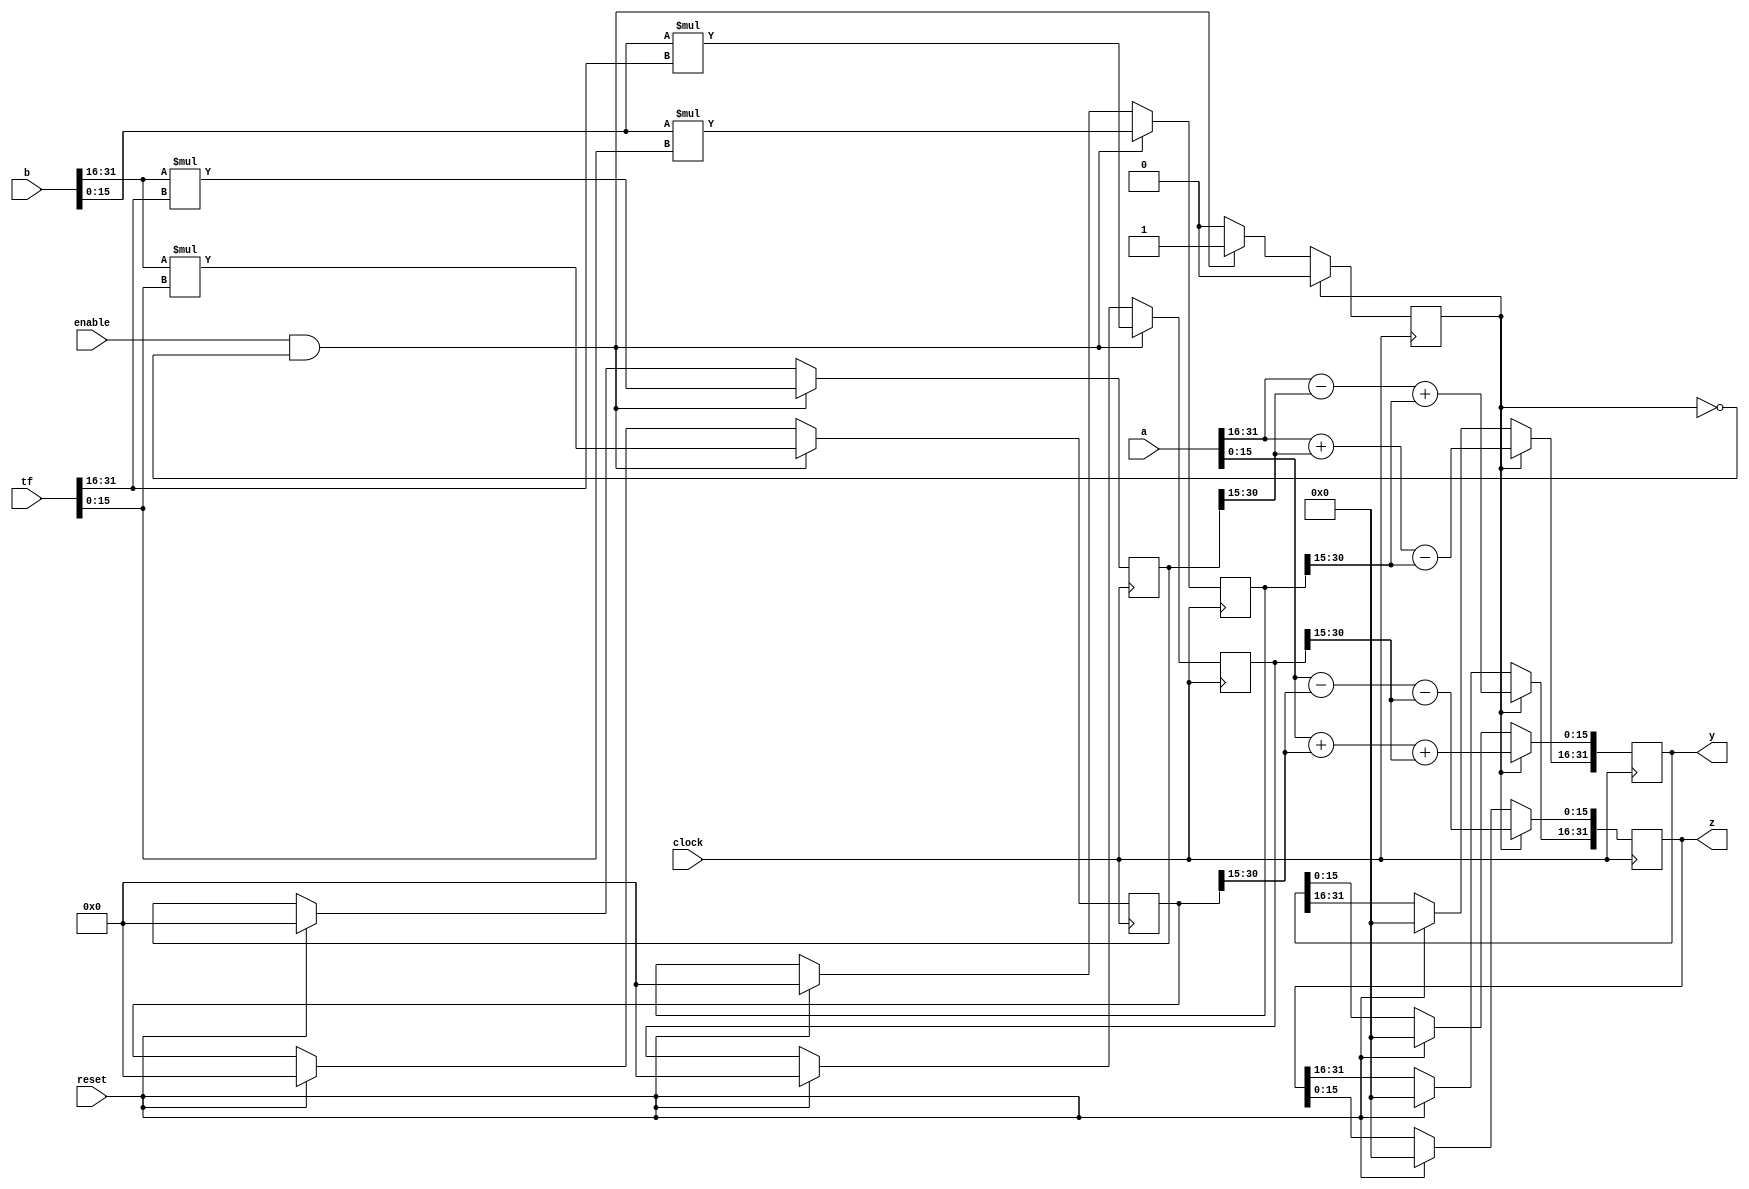
module butterflyx8(input wire clock, reset,
input wire enable,
input wire [31:0] a,
input wire [31:0] b,
input wire [31:0] tf, //twiddle factor
output reg [31:0] y,
output reg [31:0] z);
//Inputs: Two 32-bit complex numbers (16 signed bits real - more signfct. bits,
// 16 signed bits complex - less signfct. bits)
reg state;
reg signed [31:0] r_1;
reg signed [31:0] r_2;
reg signed [31:0] j_1;
reg signed [31:0] j_2;
wire signed [15:0] b_r = b[31:16];
wire signed [15:0] b_j = b[15:0];
wire signed [15:0] tf_r = tf[31:16];
wire signed [15:0] tf_j = tf[15:0];
always @(posedge clock) begin
if(reset) begin
state <= 0;
y <= 0;
z <= 0;
r_1 <= 0;
r_2 <= 0;
j_1 <= 0;
j_2 <= 0;
end
if(enable && state == 0) begin
r_1 <= b_r * tf_r;
r_2 <= b_j * tf_j;
j_1 <= b_r * tf_j;
j_2 <= b_j * tf_r;
state <= 1;
end
//Note: For twiddle factors, 2^14 = +1, -2^14 = -1
//My own lookup table: 2^15 and -2^15
/*if(state == 1) begin
y[31:16] <= a[31:16] + r_1[29:14] - r_2[29:14];
y[15:0] <= a[15:0] + j_1[29:14] + j_2[29:14];
z[31:16] <= a[31:16] - r_1[29:14] + r_2[29:14];
z[15:0] <= a[15:0] - j_1[29:14] - j_2[29:14];
state <= 0;
end*/
if(state == 1) begin
y[31:16] <= a[31:16] + r_1[30:15] - r_2[30:15];
y[15:0] <= a[15:0] + j_1[30:15] + j_2[30:15];
z[31:16] <= a[31:16] - r_1[30:15] + r_2[30:15];
z[15:0] <= a[15:0] - j_1[30:15] - j_2[30:15];
state <= 0;
end
end
endmodule